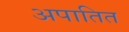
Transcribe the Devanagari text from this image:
अपातित